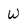
Character: W